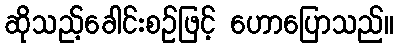
ဆိုသည့်ခေါင်းစဉ်ဖြင့် ဟောပြောသည်။